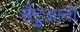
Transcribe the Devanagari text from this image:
सैंटुआनो